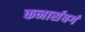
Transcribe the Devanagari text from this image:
कनार्सबर्ग